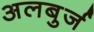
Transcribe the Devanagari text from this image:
अलबुर्ज